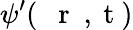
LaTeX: \psi^{\prime}(\mathrm{~{~\mathbf~r~}~,~t~})